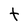
Character: t